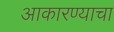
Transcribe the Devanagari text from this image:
आकारण्याचा